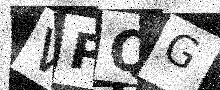
Text: VPQG